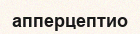
апперцептио